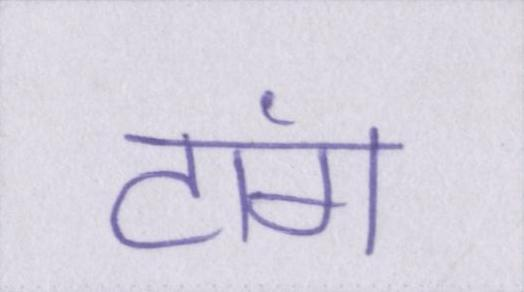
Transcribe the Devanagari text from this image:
टांग